Annual administration report of the Civil Veterinary Department of India - 1898-1899
Year: 1898
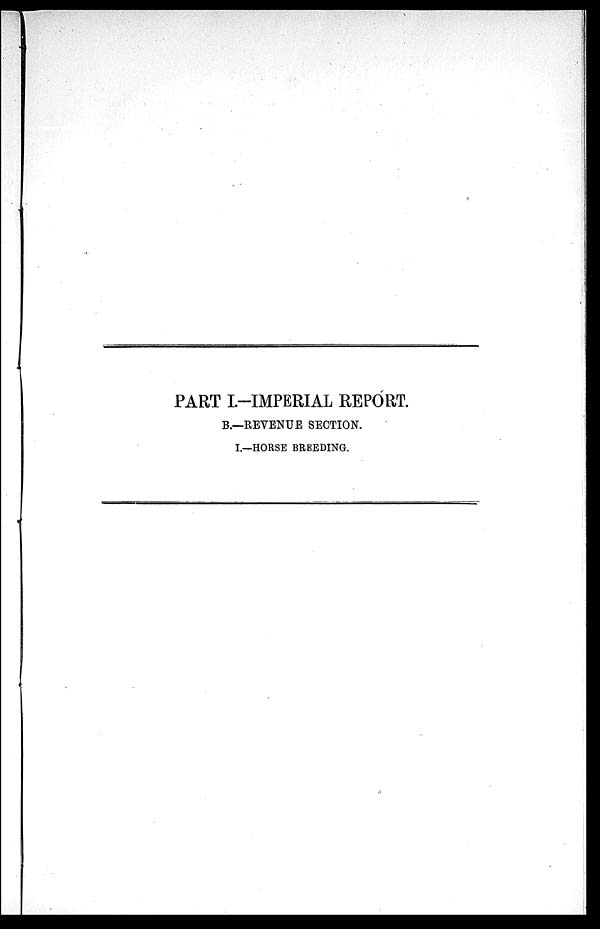
PART I.-IMPERIAL REPORT.
B.-REVENUE SECTION.
I.—HORSE BREEDING.